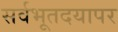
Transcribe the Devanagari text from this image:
सर्वभूतदयापर